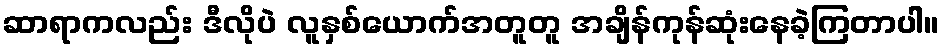
ဆာရာကလည်း ဒီလိုပဲ လူနှစ်ယောက်အတူတူ အချိန်ကုန်ဆုံးနေခဲ့ကြတာပါ။